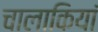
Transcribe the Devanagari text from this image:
चालाकियां